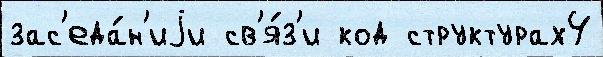
зас'еда́н'иjи св'я́з'и код структурах4